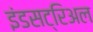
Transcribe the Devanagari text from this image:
इंडसट्रिअल